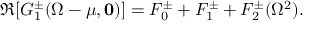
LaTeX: \Re [ G _ { 1 } ^ { \pm } ( \Omega - \mu , { \mathbf 0 } ) ] = F _ { 0 } ^ { \pm } + F _ { 1 } ^ { \pm } + F _ { 2 } ^ { \pm } ( \Omega ^ { 2 } ) .